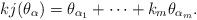
LaTeX: \begin{align*}kj(\theta_\alpha)=\theta_{\alpha_1}+\cdots+k_m\theta_{\alpha_m}.\end{align*}